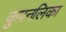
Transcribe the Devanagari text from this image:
कुपनलिका